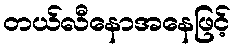
တယ်လီနောအနေဖြင့်